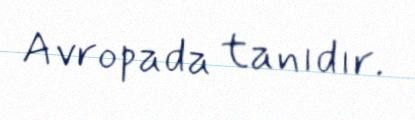
Avropada tanıdır.